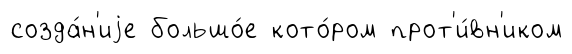
созда́н'иjе большо́е кото́ром прот'и́вн'иком